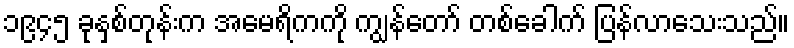
၁၉၄၅ ခုနှစ်တုန်းက အမေရိကကို ကျွန်တော် တစ်ခေါက် ပြန်လာသေးသည်။